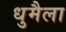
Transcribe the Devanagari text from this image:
धुमैला